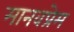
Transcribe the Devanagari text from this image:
मानवप्रेम